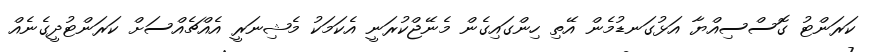
ކަރަންޓު ގޮސްސިއްޔާ އަޅުގަނޑުމެން އޭތި ހިންގައިގެން މެނޭޖްކުރަނީ އެކަމަކު މެޝިނަރީ އެއްޗެއްސަށް ކަރަންޓުދީގެނެއް